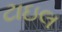
ટાઇલ